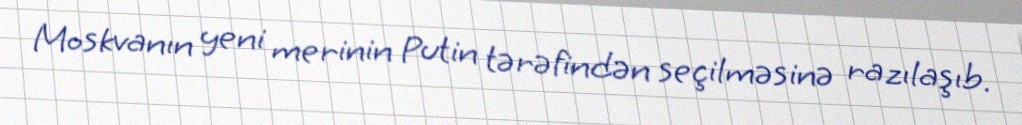
Moskvanın yeni merinin Putin tərəfindən seçilməsinə razılaşıb.